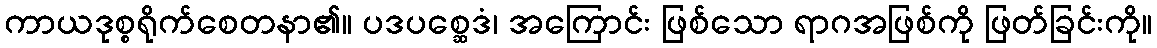
ကာယဒုစ္စရိုက်စေတနာ၏။ ပဒပစ္ဆေဒံ၊ အကြောင်း ဖြစ်သော ရာဂအဖြစ်ကို ဖြတ်ခြင်းကို။